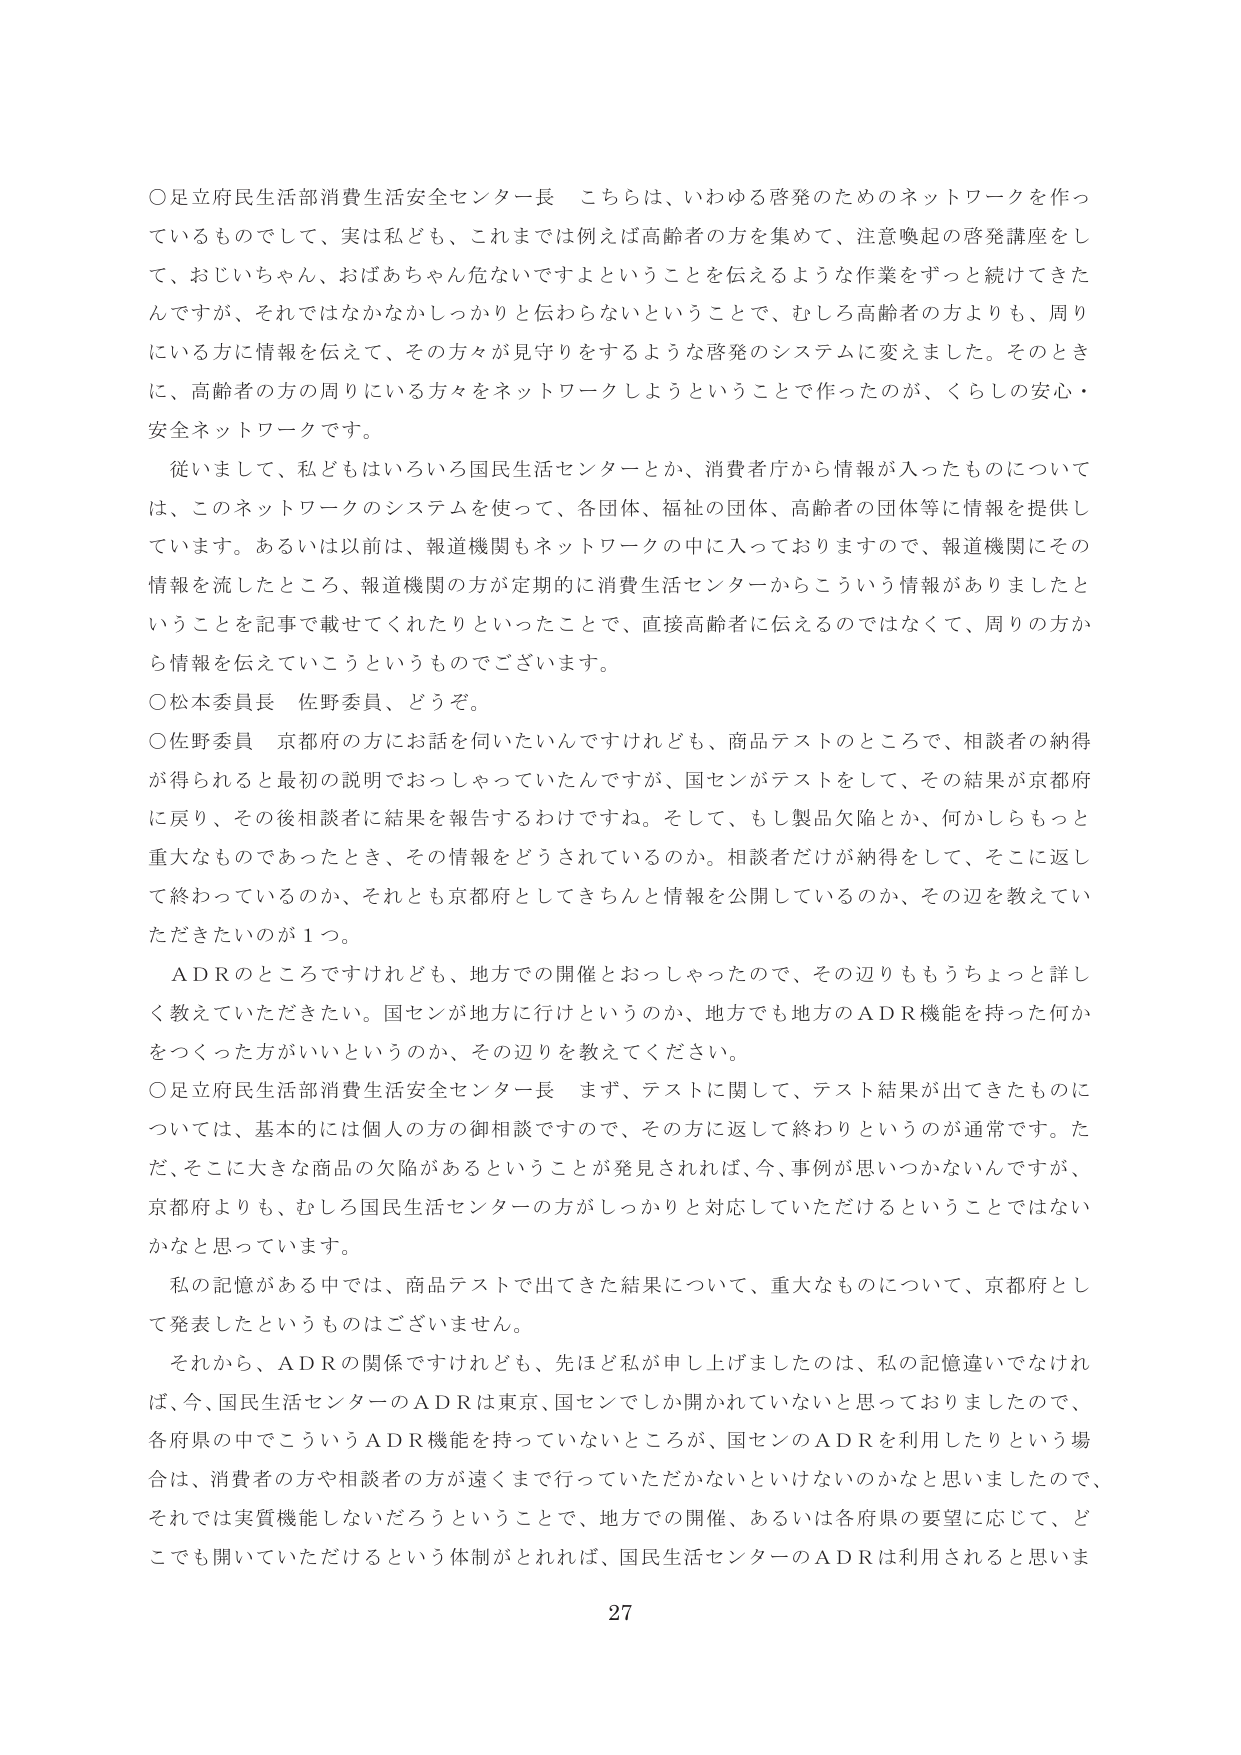
○足立府民生活部消費生活安全センター長　こちらは、いわゆる啓発のためのネットワークを作っているものとして、実は私ども、これまでは例えば高齢者の方を集めて、注意喚起の啓発講座をして、おじいちゃん、おばあちゃん危ないですよということを伝えるような作業をずっと続けてきたんですが、それではなかなかしっかりと伝わらないということで、むしろ高齢者の方よりも、周りにいる方に情報を伝えて、その方々が見守りをするような啓発のシステムに変えました。そのときに、高齢者の方の周りにいる方々をネットワークしようということで作ったのが、くらしの安心・安全ネットワークです。

　従いまして、私どもはいろいろ国民生活センターとか、消費者庁から情報が入ったものについては、このネットワークのシステムを使って、各団体、福祉の団体、高齢者の団体等に情報を提供しています。あるいは以前は、報道機関もネットワークの中に入っておりますので、報道機関にその情報を流したところ、報道機関の方が定期的に消費生活センターからこういう情報がありましたということを記事で載せてくれたりといったことで、直接高齢者に伝えるのではなくて、周りの方から情報を伝えていこうというものでございます。

○松本委員長　佐野委員、どうぞ。

○佐野委員　京都府の方にお話を伺いたいんですけれども、商品テストのところで、相談者の納得が得られると最初の説明でおっしゃっていたんですが、国センがテストをして、その結果が京都府に戻り、その後相談者に結果を報告するわけですね。そして、もし製品欠陥とか、何かしらもっと重大なものであったとき、その情報をどうされているのか。相談者だけが納得をして、そこに返して終わっているのか、それとも京都府としてきちんと情報を公開しているのか、その辺を教えていただきたいのが１つ。

　ＡＤＲのところですけれども、地方での開催とおっしゃったので、その辺りももうちょっと詳しく教えていただきたい。国センが地方に行けというのか、地方でも地方のＡＤＲ機能を持った何かをつくった方がいいというのか、その辺りを教えてください。

○足立府民生活部消費生活安全センター長　まず、テストに関して、テスト結果が出てきたものについては、基本的には個人の方の御相談ですので、その方に返して終わりというのが通常です。ただ、そこに大きな商品の欠陥があるということが発見されれば、今、事例が思いつかないんですが、京都府よりも、むしろ国民生活センターの方がしっかりと対応していただけるということではないかなと思っています。

　私の記憶がある中では、商品テストで出てきた結果について、重大なものについて、京都府として発表したというものはございません。

　それから、ＡＤＲの関係ですけれども、先ほど私が申し上げましたのは、私の記憶違いでなければ、今、国民生活センターのＡＤＲは東京、国センでしか開かれていないと思っておりましたので、各府県の中でこういうＡＤＲ機能を持っていないところが、国センのＡＤＲを利用したりという場合は、消費者の方や相談者の方が遠くまで行っていただかないといけないのかなと思いましたので、それでは実質機能しないだろうということで、地方での開催、あるいは各府県の要望に応じて、どこでも開いていただけるという体制がとれれば、国民生活センターのＡＤＲは利用されると思いま

27